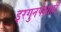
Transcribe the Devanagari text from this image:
इरगुनपेक्षाही